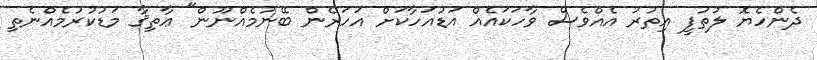
ދެންހެޔޮ ލުތުފީ އިތުރު އެއްވެސް ވާހަކައެއް އަޑުއަހާކަށް އަހަރެން ބޭނުމެއްނޫން" ޢާތިޤާ މަޑުކުރުމެއްނެތި